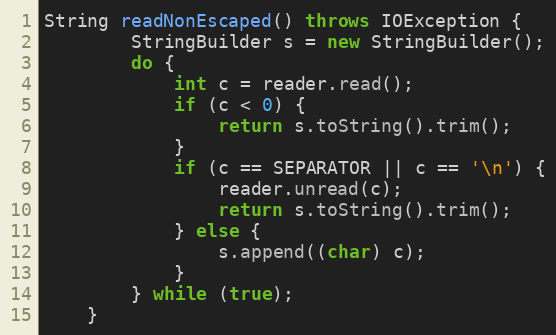
Language: Java
String readNonEscaped() throws IOException {
		StringBuilder s = new StringBuilder();
		do {
			int c = reader.read();
			if (c < 0) {
				return s.toString().trim();
			}
			if (c == SEPARATOR || c == '\n') {
				reader.unread(c);
				return s.toString().trim();
			} else {
				s.append((char) c);
			}
		} while (true);
	}